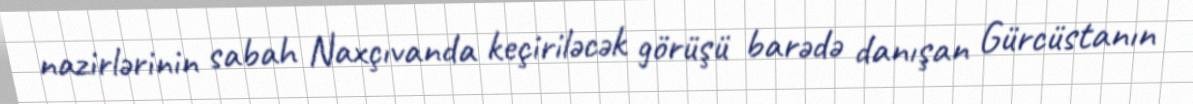
nazirlərinin sabah Naxçıvanda keçiriləcək görüşü barədə danışan Gürcüstanın